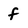
Character: f